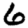
Digit: 6